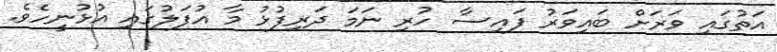
އަތުގައި ވަރަށް ބައިވަރު ފައިސާ ހުރި ނަމަ ދަރިފުޅު މާ އުފަލުގައި އުޅުނީހެވެ.